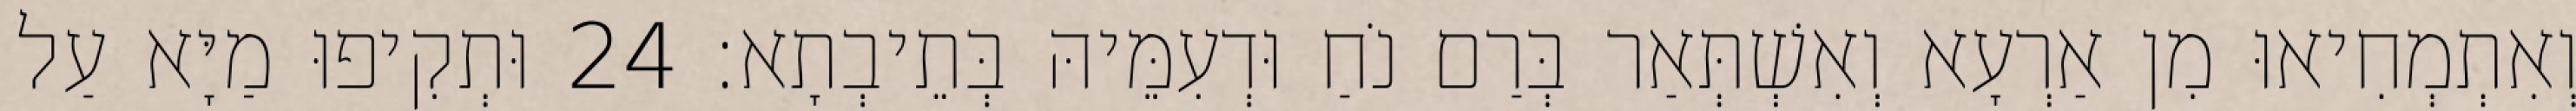
וְאִתְמְחִיאוּ מִן אַרְעָא וְאִשְׁתְּאַר בְּרַם נֹחַ וּדְעִמֵּיהּ בְּתֵיבְתָא׃ 24 וּתְקִיפוּ מַיָּא עַל